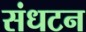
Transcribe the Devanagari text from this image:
संधटन